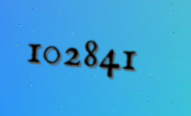
102841